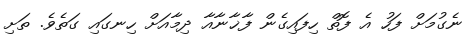
ނެގުމަށް ފަހު އެ ފޮތް ހިފައިގެން ފާޚާނާއާ ދިމާއަށް ހިނގައި ގަތެވެ. ތަށި